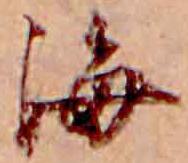
海